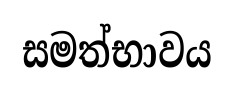
සමත්භාවය